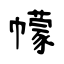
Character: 幪